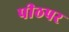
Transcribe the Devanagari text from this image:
पीठपर